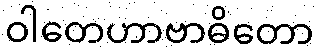
ဝါတေဟာဗာဓိတော